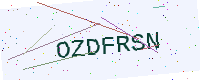
Text: OZDFRSN